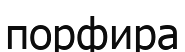
порфира